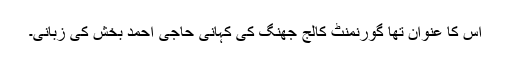
اس کا عنوان تھا گورنمنٹ کالج جھنگ کی کہانی حاجی احمد بخش کی زبانی۔